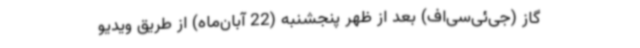
گاز (جی‌ئی‌سی‌اف) بعد از ظهر پنجشنبه (22 آبان‌ماه) از طریق ویدیو